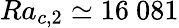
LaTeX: Ra_{c,2}\simeq 16\ 081